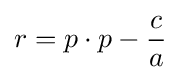
r=p\cdot p-{\frac {c}{a}}